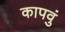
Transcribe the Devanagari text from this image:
कापवुं